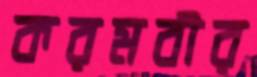
করমবীর